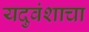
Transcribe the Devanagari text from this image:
यदुवंशाचा